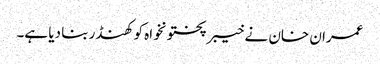
عمران خان نے خیبرپختونخواہ کو کھنڈر بنا دیا ہے۔